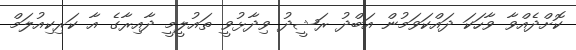
ކޮށްދެއްވާ ވާހަކަ ދައްކަވަމުން އަބްދު ރަޝީދު ވިދާޅުވީ ތައުލީމީ ދާއިރާގެ އާ ކަރިކިއުލަމް